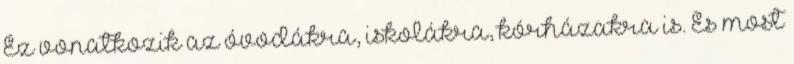
Ez vonatkozik az óvodákra, iskolákra, kórházakra is. És most